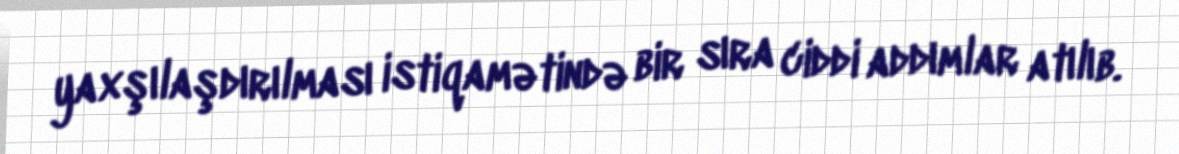
yaxşılaşdırılması istiqamətində bir sıra ciddi addımlar atılıb.